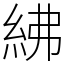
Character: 紼